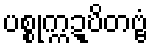
ပစ္စုက္ကဍ္ဎိတဗ္ဗံ